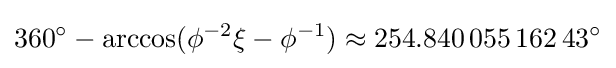
360^{\circ }-\arccos(\phi ^{-2}\xi -\phi ^{-1})\approx 254.840\,055\,162\,43^{\circ }